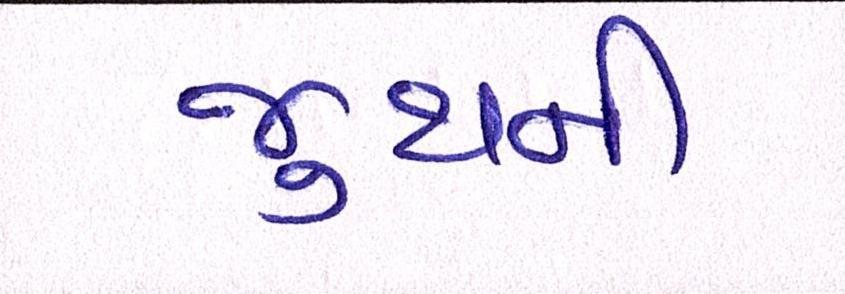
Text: જુથની